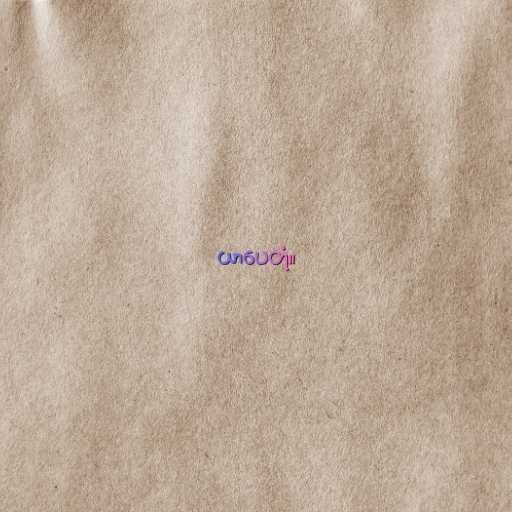
ယာပေတုံ။